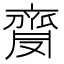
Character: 𪗅